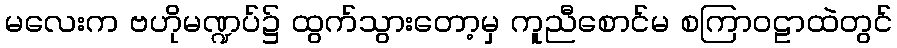
မလေးက ဗဟိုမဏ္ဍပ်၌ ထွက်သွားတော့မှ ကူညီစောင်မ စကြာဝဠာထဲတွင်